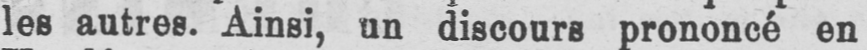
les autres. Ainsi, un discours prononcé en